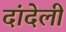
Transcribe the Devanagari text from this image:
दांदेली